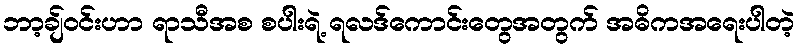
ဘာ့ချ်ဝင်းဟာ ရာသီအစ စပါးရဲ့ ရလဒ်ကောင်းတွေအတွက် အဓိကအရေးပါတဲ့